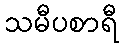
သမီပစာရီ